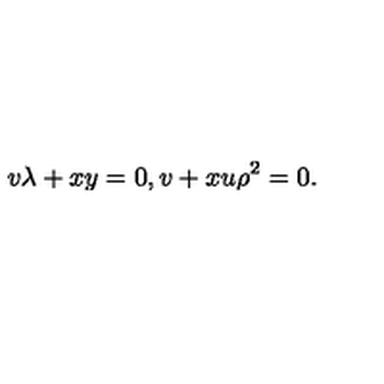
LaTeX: v \lambda + x y = 0 , v + x u \rho ^ { 2 } = 0 .